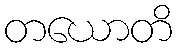
တယောတိ